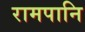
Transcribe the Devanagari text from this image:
रामपानि